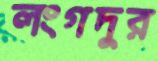
লংগদুর